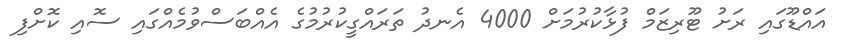
އައްޑޫގައި ރަށު ޓޫރިޒަމް ފުޅާކުރުމަށް 4000 އެނދު ތަރައްގީކުރުމުގެ އެއްބަސްވުމެއްގައި ސޮއި ކޮށްފި